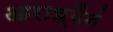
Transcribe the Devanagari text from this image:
आराध्यैनं